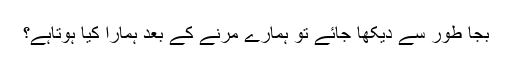
بجا طور سے دیکھا جائے تو ہمارے مرنے کے بعد ہمارا کیا ہوتاہے؟